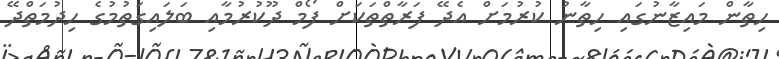
ހިތާން މައިޒާނުގައި ހިތާނު ކުރުމަށް އެދޭ ފަރާތްތަކަށް ފޯމް ދޫކުރުމާއި ބަލައިގަތުމުގެ ހިދުމަތްދޭ